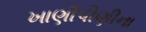
ખાણીપીણીના